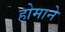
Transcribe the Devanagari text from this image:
होमाने